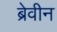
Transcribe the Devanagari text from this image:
ब्रेवीन